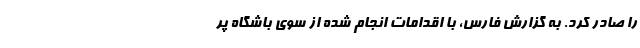
را صادر کرد. به گزارش فارس، با اقدامات انجام شده از سوی باشگاه پر